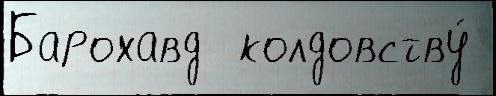
Барохавд  колдовству́